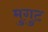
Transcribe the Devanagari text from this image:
मुगुट